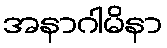
အနာဂါမိနာ